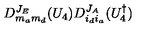
D _ { m _ { a } m _ { d } } ^ { J _ { E } } ( U _ { 4 } ) D _ { i _ { d } i _ { a } } ^ { J _ { A } } ( U _ { 4 } ^ { \dagger } )